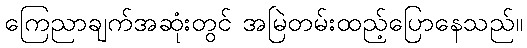
ကြေညာချက်အဆုံးတွင် အမြဲတမ်းထည့်ပြောနေသည်။